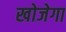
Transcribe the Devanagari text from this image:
खोजेगा